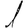
Digit: 1